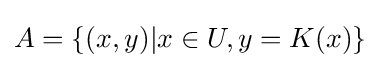
A=\left\{(x,y)|x\in U,y=K(x)\right\}